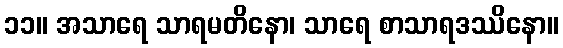
၁၁။ အသာရေ သာရမတိနော၊ သာရေ စာသာရဒဿိနော။